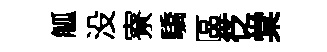
觚没寮驕區徔棠